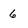
Character: 6